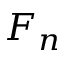
F _ { n }